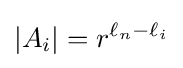
|A_{i}|=r^{\ell _{n}-\ell _{i}}